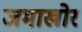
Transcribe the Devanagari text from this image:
जमाखोर